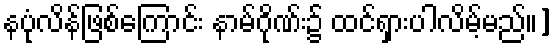
နပုံလိန်ဖြစ်ကြောင်း နာမ်ဂိုဏ်း၌ ထင်ရှားပါလိမ့်မည်။]